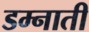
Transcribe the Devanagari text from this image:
डम्नाती